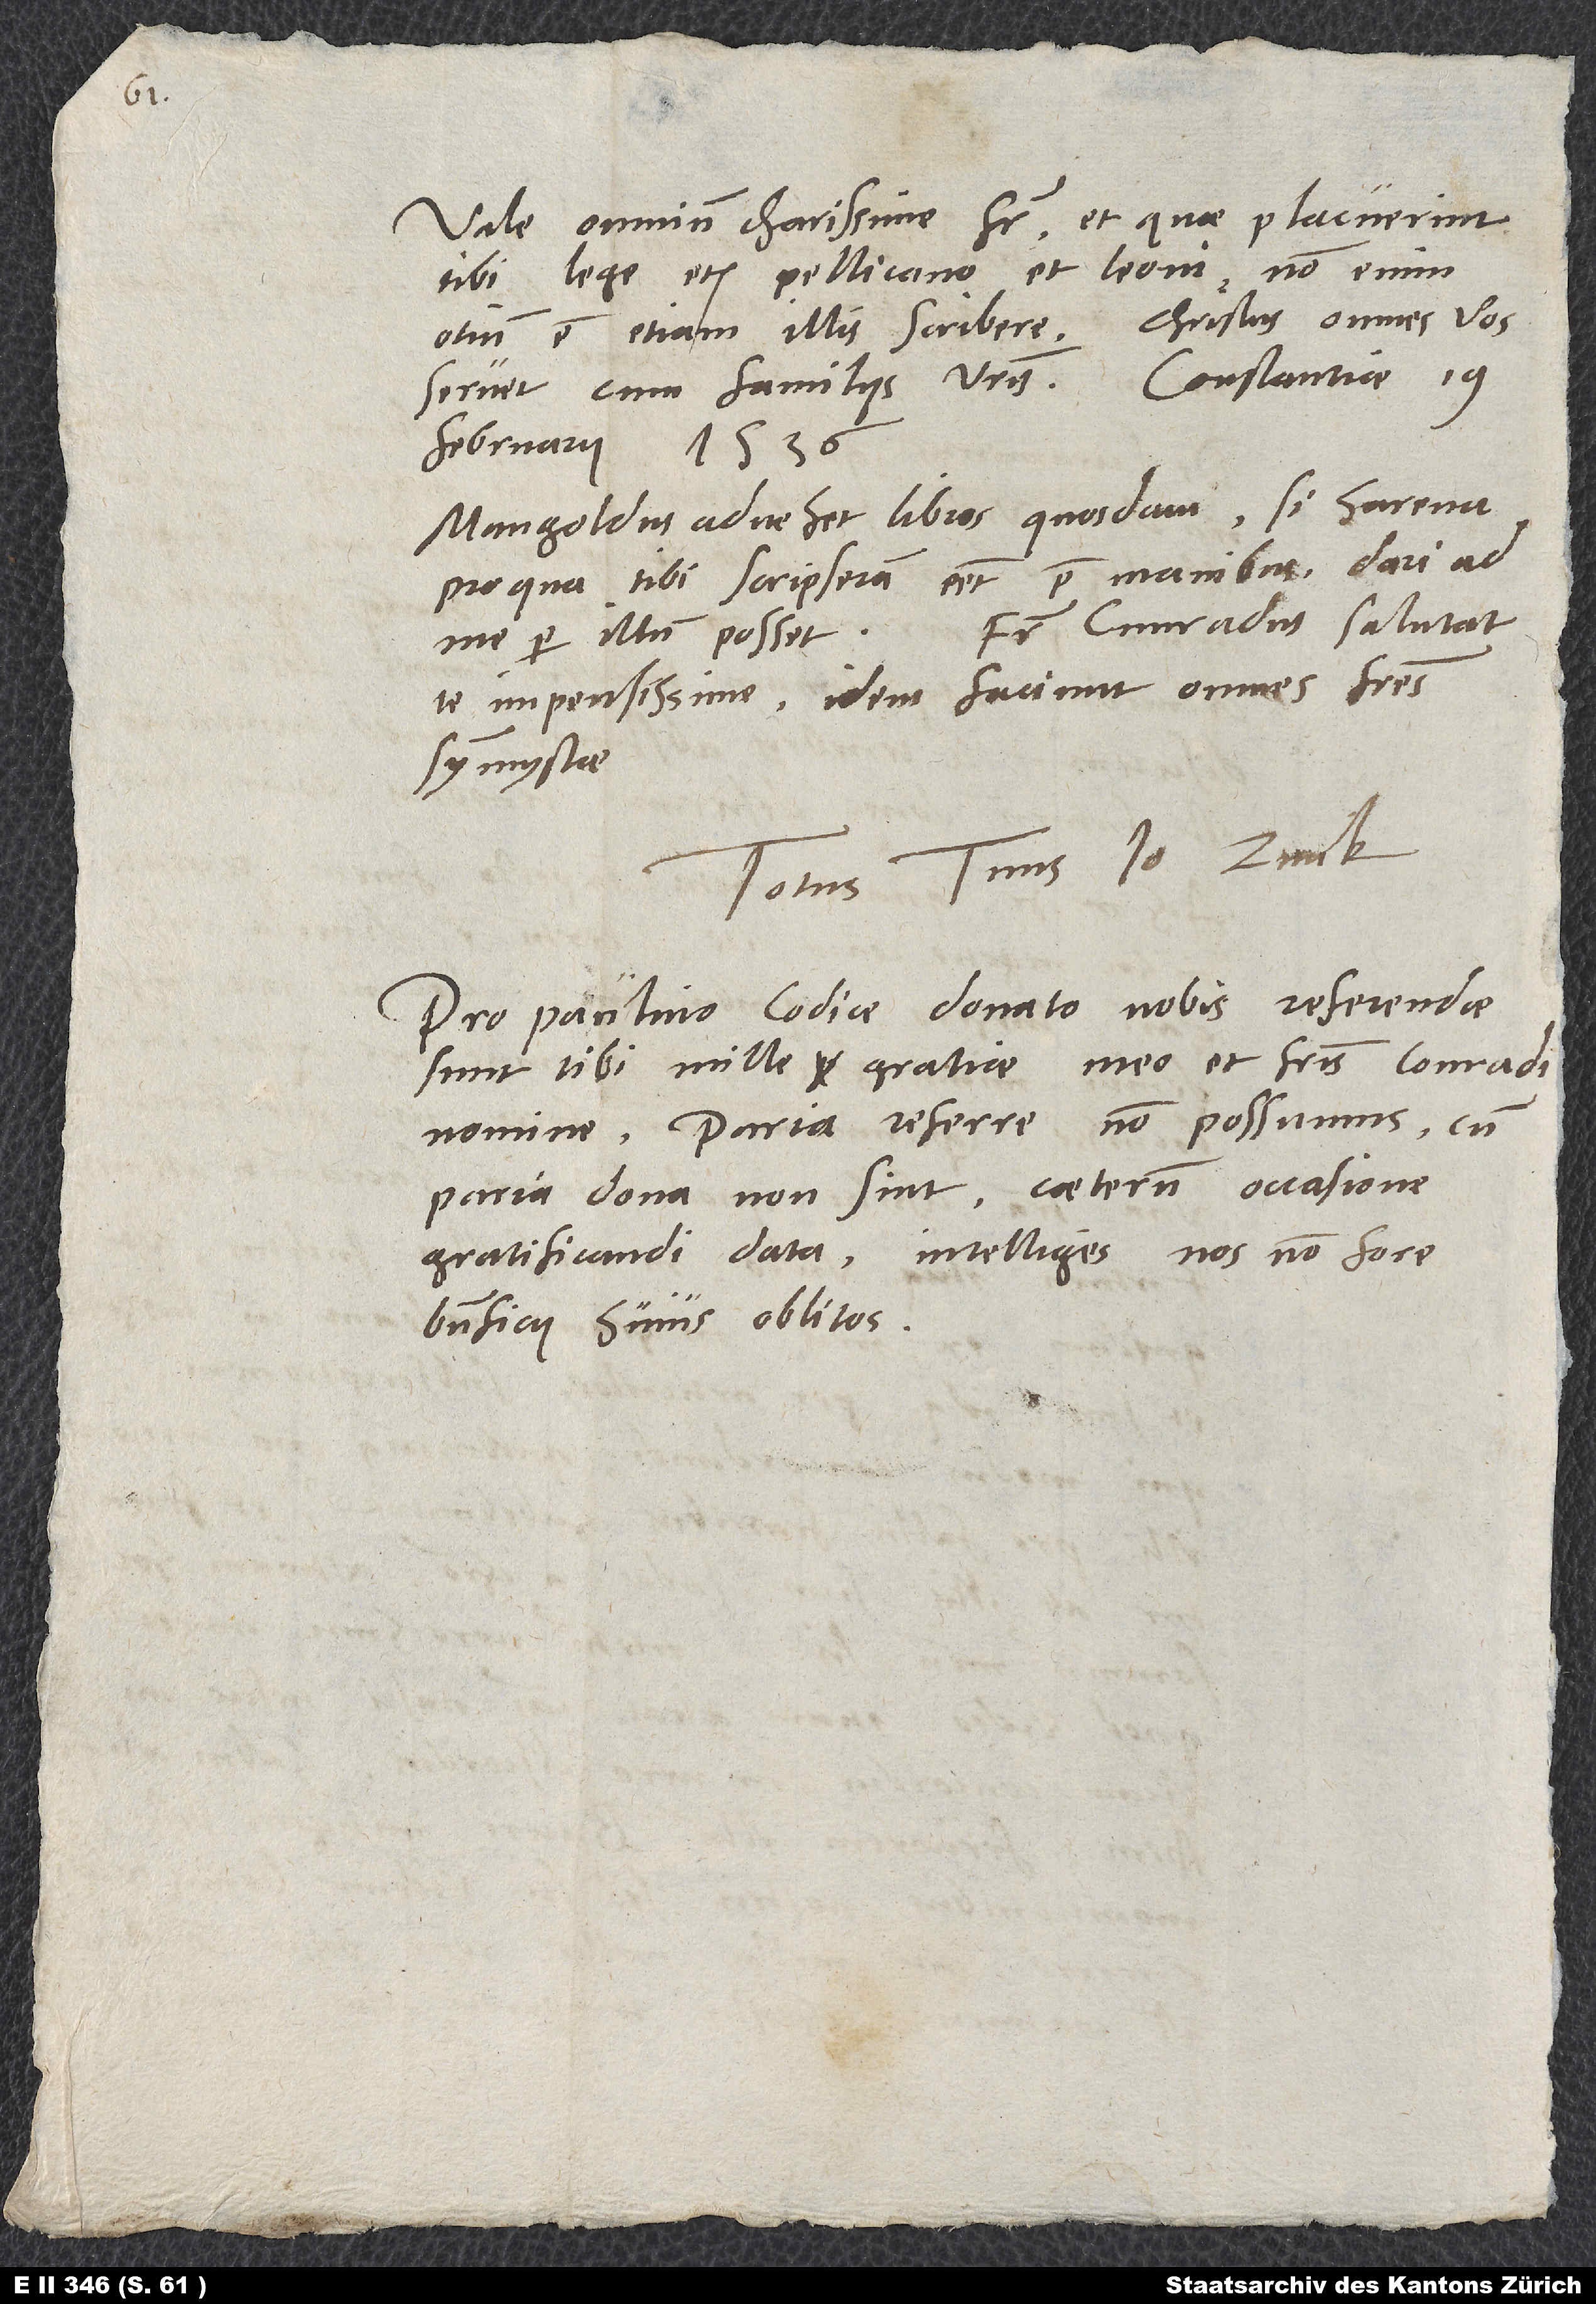
Vale, omnium charissime frater, et quae placuerint
tibi, lege etiam Pellicano et Leoni. Non enim
otium est etiam illis scribere. Christus omnes vos
februarii 1536
Mangoldus advehet libros quosdam. Si harena,
pro qua tibi scripseram, esset prae manibus, dari ad
te impensissime; idem faciunt omnes fratres
symmystae.
Totus tuus Io. Zvick.
Pro Paulino codice donato nobis referendae
sunt tibi mille gratiae meo et fratris Conradi
nomine. Paria referre non possumus, cum
paria dona non sint. Caeterum occasione
gratificandi data intelliges nos non fore
beneficii huius oblitos.